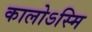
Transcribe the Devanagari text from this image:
कालोऽस्मि